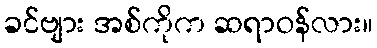
ခင်ဗျား အစ်ကိုက ဆရာဝန်လား။